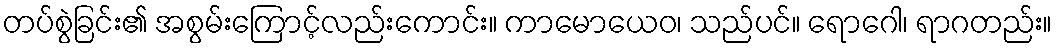
တပ်စွဲခြင်း၏ အစွမ်းကြောင့်လည်းကောင်း။ ကာမောယေဝ၊ သည်ပင်။ ရောဂေါ၊ ရာဂတည်း။